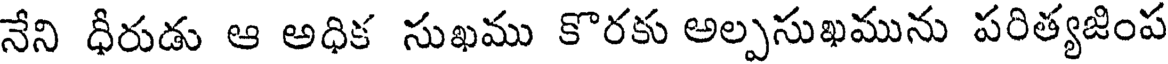
నేని ధీరుడు ఆ అధిక సుఖము కొరకు అల్పసుఖమును పరిత్యజింప